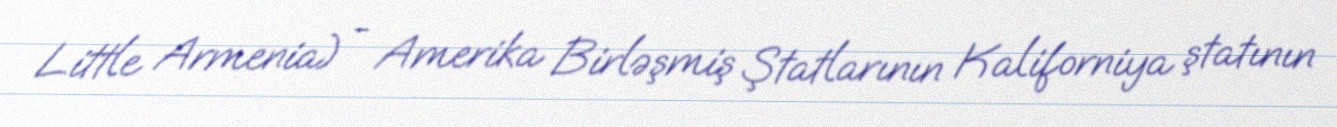
Little Armenia) - Amerika Birləşmiş Ştatlarının Kaliforniya ştatının